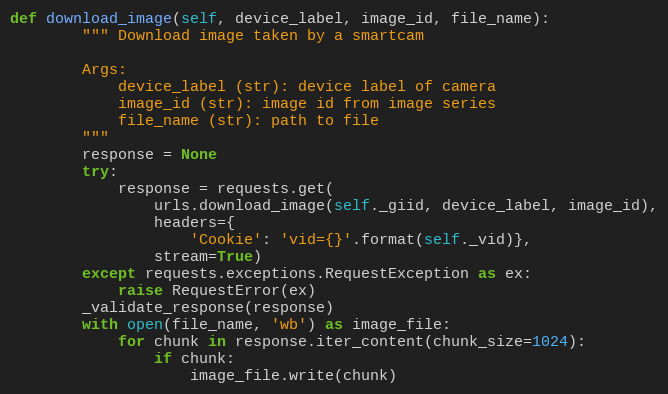
Language: Python
def download_image(self, device_label, image_id, file_name):
        """ Download image taken by a smartcam

        Args:
            device_label (str): device label of camera
            image_id (str): image id from image series
            file_name (str): path to file
        """
        response = None
        try:
            response = requests.get(
                urls.download_image(self._giid, device_label, image_id),
                headers={
                    'Cookie': 'vid={}'.format(self._vid)},
                stream=True)
        except requests.exceptions.RequestException as ex:
            raise RequestError(ex)
        _validate_response(response)
        with open(file_name, 'wb') as image_file:
            for chunk in response.iter_content(chunk_size=1024):
                if chunk:
                    image_file.write(chunk)